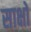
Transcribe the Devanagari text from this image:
साक्षों